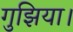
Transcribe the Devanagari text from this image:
गुझिया।